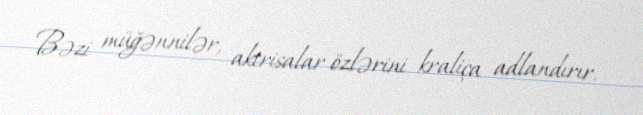
Bəzi müğənnilər, aktrisalar özlərini kraliça adlandırır.